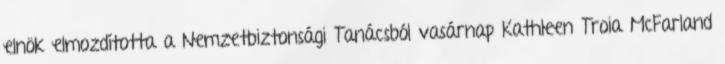
elnök elmozdította a Nemzetbiztonsági Tanácsból vasárnap Kathleen Troia McFarland